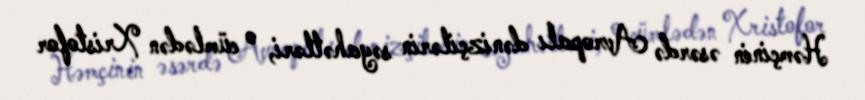
Həmçinin əsərdə Avropalı dənizçilərin səyahətləri, o cümlədən Xristofor